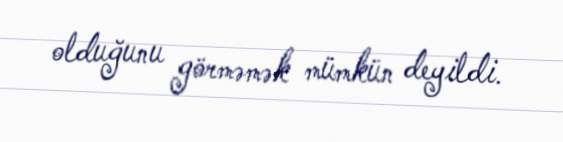
olduğunu görməmək mümkün deyildi.